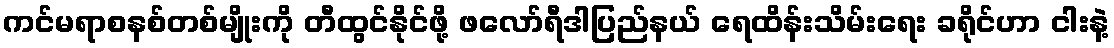
ကင်မရာစနစ်တစ်မျိုးကို တီထွင်နိုင်ဖို့ ဖလော်ရီဒါပြည်နယ် ရေထိန်းသိမ်းရေး ခရိုင်ဟာ ငါးနဲ့